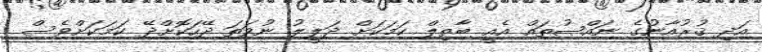
އަދި ޤުރުއާނުގެ ނައްޞުތައް އެއީ ބާޠިލް ކަމަކަށް ދަލީލު ނުވަތަ ދޭހަކޮށްދޭ ކަމަކަށްވެސް